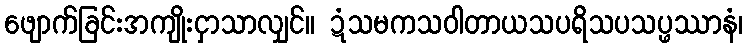
ဖျောက်ခြင်းအကျိုးငှာသာလျှင်။ ဍံသမကသဝါတာယသပရိသပသပ္ဖဿာနံ၊